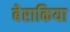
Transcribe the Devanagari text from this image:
बेराकिया